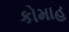
કોમાહ